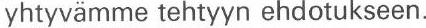
yhtyvämme tehtyyn ehdotukseen.